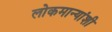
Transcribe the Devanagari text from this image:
लोकमान्यांशी